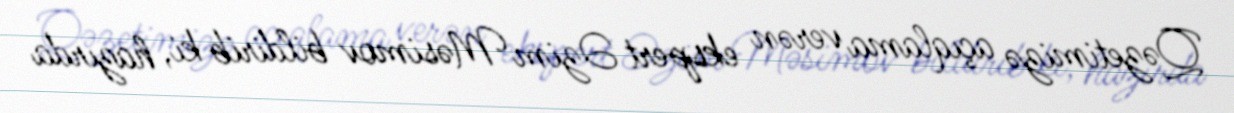
Qəzetimizə açıqlama verən ekspert Əzim Məsimov bildirib ki, hazırda